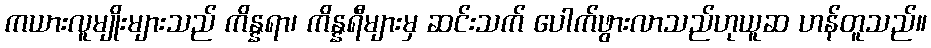
ကယားလူမျိုးများသည် ကိန္နရာ၊ ကိန္နရီများမှ ဆင်းသက် ပေါက်ဖွားလာသည်ဟုယူဆ ဟန်တူသည်။